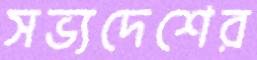
সভ্যদেশের